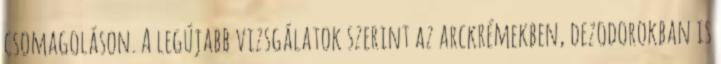
csomagoláson. A legújabb vizsgálatok szerint az arckrémekben, dezodorokban is